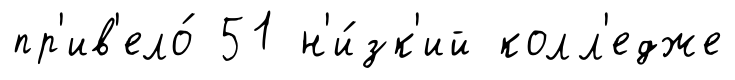
пр'ив'ело́ 51 н'и́зк'ий колл'едже